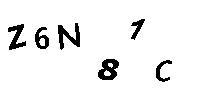
Z6N81C